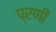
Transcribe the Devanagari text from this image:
प्रणी